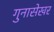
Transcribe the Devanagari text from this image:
गुनासेखर